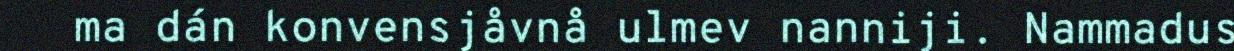
ma dán konvensjåvnå ulmev nanniji. Nammadus